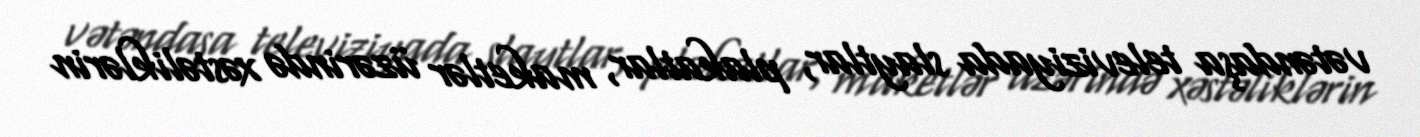
vətəndaşa televiziyada slaytlar, plakatlar, maketlər üzərində xəstəliklərin